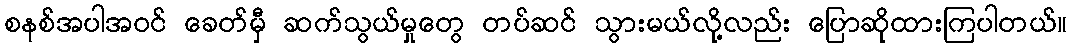
စနစ်အပါအဝင် ခေတ်မှီ ဆက်သွယ်မှုတွေ တပ်ဆင် သွားမယ်လို့လည်း ပြောဆိုထားကြပါတယ်။